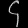
Digit: ၄